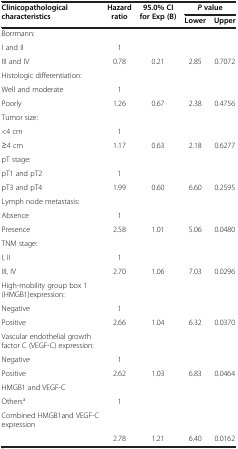
| Clinicopathological characteristics | Hazard ratio | 95.0% CI for Exp (B) | <COLSPAN=2> P value |
 |  |  |  | Lower | Upper |
 | --- | --- | --- | --- | --- |
 | Borrmann: |  |  |  |  |
 | I and II | 1 |  |  |  |
 | III and IV | 0.78 | 0.21 | 2.85 | 0.7072 |
 | Histologic differentiation: |  |  |  |  |
 | Well and moderate | 1 |  |  |  |
 | Poorly | 1.26 | 0.67 | 2.38 | 0.4756 |
 | Tumor size: |  |  |  |  |
 | <4 cm | 1 |  |  |  |
 | ≥4 cm | 1.17 | 0.63 | 2.18 | 0.6277 |
 | pT stage: |  |  |  |  |
 | pT1 and pT2 | 1 |  |  |  |
 | pT3 and pT4 | 1.99 | 0.60 | 6.60 | 0.2595 |
 | Lymph node metastasis: |  |  |  |  |
 | Absence | 1 |  |  |  |
 | Presence | 2.58 | 1.01 | 5.06 | 0.0480 |
 | TNM stage: |  |  |  |  |
 | I, II | 1 |  |  |  |
 | III, IV | 2.70 | 1.06 | 7.03 | 0.0296 |
 | High-mobility group box 1 (HMGB1)expression: |  |  |  |  |
 | Negative | 1 |  |  |  |
 | Positive | 2.66 | 1.04 | 6.32 | 0.0370 |
 | Vascular endothelial growth factor C (VEGF-C) expression: |  |  |  |  |
 | Negative | 1 |  |  |  |
 | Positive | 2.62 | 1.03 | 6.83 | 0.0464 |
 | HMGB1 and VEGF-C |  |  |  |  |
 | Othersa | 1 |  |  |  |
 | Combined HMGB1and VEGF-C expression |  |  |  |  |
 |  | 2.78 | 1.21 | 6.40 | 0.0162 |